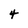
Character: 4